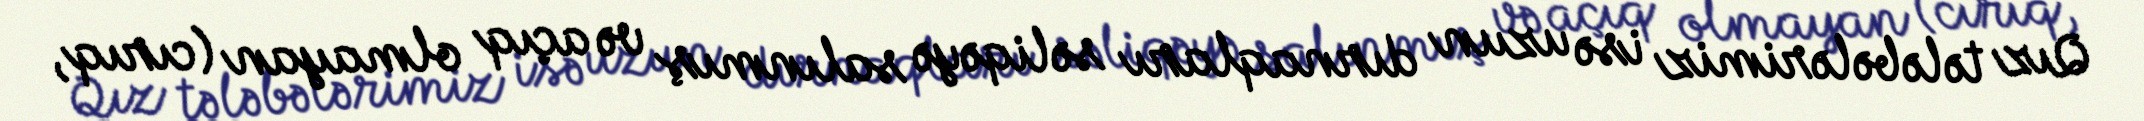
Qız tələbələrimiz isə uzun dırnaqları səliqəyə salınmış və açıq olmayan (cırıq,